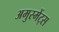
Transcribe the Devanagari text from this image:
अमुस्मेंट्स